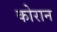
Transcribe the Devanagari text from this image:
कोरान